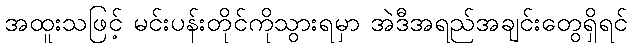
အထူးသဖြင့် မင်းပန်းတိုင်ကိုသွားရမှာ အဲဒီအရည်အချင်းတွေရှိရင်